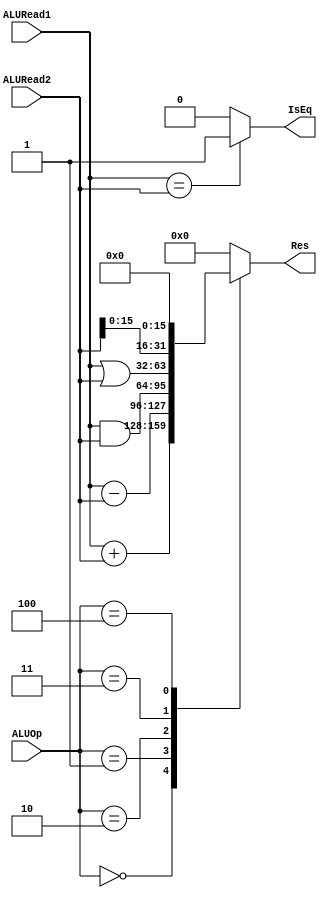
`timescale 1ns / 1ps
//////////////////////////////////////////////////////////////////////////////////
// Company: 
// Engineer: 
// 
// Design Name: 
// Module Name:    ALU 
// Project Name: 
// Target Devices: 
// Tool versions: 
// Description: 
//
// Dependencies: 
//
// Revision: 
// Revision 0.01 - File Created
// Additional Comments: 
//
//////////////////////////////////////////////////////////////////////////////////
module ALU(
    input [31:0] ALURead1,
    input [31:0] ALURead2,
    input [3:0] ALUOp,
    output reg [31:0] Res,
    output IsEq
    );
	always@(*) begin
		case(ALUOp)
			4'b0000: Res = ALURead1 + ALURead2;
			4'b0001: Res = ALURead1 - ALURead2;
			4'b0010: Res = ALURead1 & ALURead2;
			4'b0011: Res = ALURead1 | ALURead2;
			4'b0100: Res = {ALURead2, 16'h0000};
			default: Res = 32'h00000000;
		endcase
	end
	
	assign IsEq = (ALURead1 == ALURead2) ? 1 : 0;

endmodule